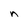
Character: n